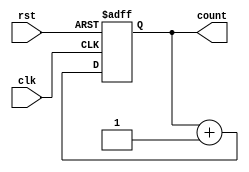
`timescale 1ns / 1ps
//////////////////////////////////////////////////////////////////////////////////
// Company: 
// Engineer: 
// 
// Design Name: 
// Module Name: contador_1
// Project Name: 
// Target Devices: 
// Tool Versions: 
// Description: 
// 
// Dependencies: 
// 
// Revision:
// Revision 0.01 - File Created
// Additional Comments:
// 
//////////////////////////////////////////////////////////////////////////////////


module contador_1(
    input clk,       
    input rst,     
    output reg [31:0] count 
    );
    
    always @(posedge clk or posedge rst) begin
    if (rst) begin
        count <= 0; // Reiniciar el contador a 0 cuando se activa el rst
    end else begin
        count <= count + 1; // Incrementar el contador en cada ciclo de reloj
    end
end
endmodule